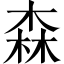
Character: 森